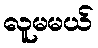
လူမမယ်